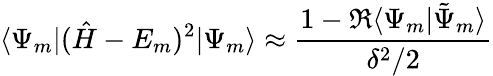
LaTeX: \langle\Psi_{m}|({\hat{H}}-E_{m})^{2}|\Psi_{m}\rangle\approx\frac{1-\Re\langle\Psi_{m}|{\tilde{\Psi}}_{m}\rangle}{\delta^{2}/2}